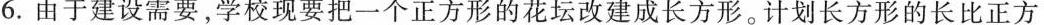
6.由于建设需要，学校现要把一个正方形的花坛改建成长方形。计划长方